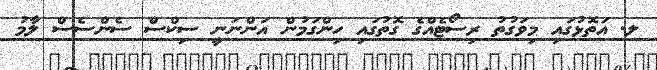
ލ. އަތޮޅުގައި މިވަގުތު ރިސޯޓެއްގެ ގޮތުގައި ހިންގަމުން އަންނަނީ ސިކްސް ސެންސެސް ލާމު